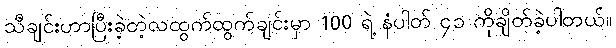
သီချင်းဟာပြီးခဲ့တဲ့လထွက်ထွက်ချင်းမှာ 100 ရဲ့ နံပါတ် ၄၁ ကိုချိတ်ခဲ့ပါတယ်။